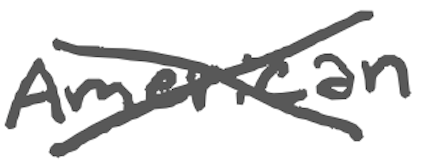
Text: American
Cross-out: mix
Writing tool: digital_gray